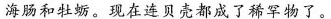
海肠和牡蛎。现在连贝壳都成了稀罕物了。